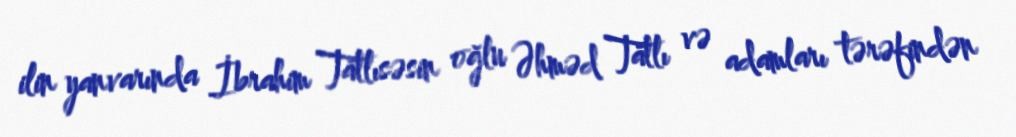
ilin yanvarında İbrahim Tatlısəsin oğlu Əhməd Tatlı və adamları tərəfindən